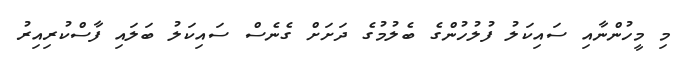
މި މީހުންނާއި ސައިކަލު ފުލުހުންގެ ބެލުމުގެ ދަށަށް ގެނެސް ސައިކަލު ބަލައި ފާސްކުރިއިރު